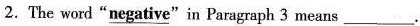
2.The word"\underline{negative}"in Paragraph 3 means ___.